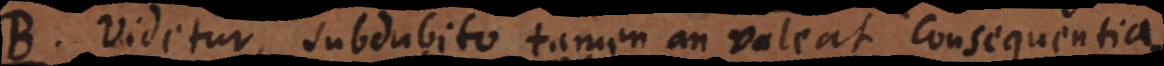
B. Videtur, subdubito tamen an valeat consequentia